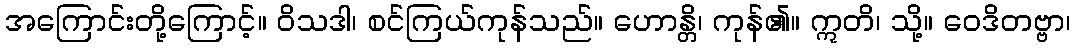
အကြောင်းတို့ကြောင့်။ ဝိသဒါ၊ စင်ကြယ်ကုန်သည်။ ဟောန္တိ၊ ကုန်၏။ ဣတိ၊ သို့။ ဝေဒိတဗ္ဗာ၊